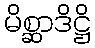
မိစ္ဆာဒိဋ္ဌိ